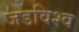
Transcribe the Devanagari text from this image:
जडविश्व